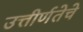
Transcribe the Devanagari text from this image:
उत्तीर्णतेचे